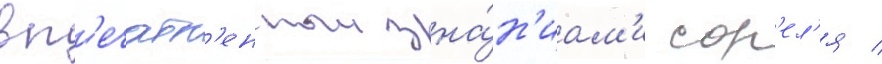
вп'ечатл'енныи зна́н'иам'и сор'ел'я /